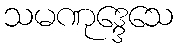
သမဏုဒ္ဒေသေ